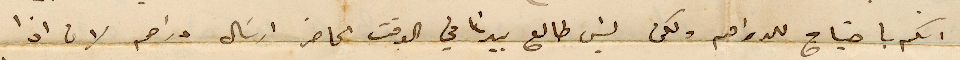
انكم باجتياج للدراهم ولكن ليس طالع بيدنا في الوقت الحاضر ارسال دراهم لان اذا